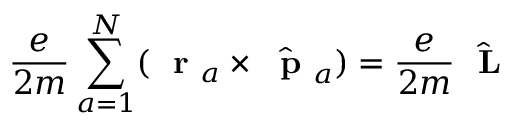
\frac { e } { 2 m } \sum _ { a = 1 } ^ { N } ( \mathrm { ~ \bf ~ r ~ } _ { a } \times \hat { \mathrm { ~ \bf ~ p ~ } } _ { a } ) = \frac { e } { 2 m } \hat { \mathrm { ~ \bf ~ L ~ } }